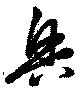
興